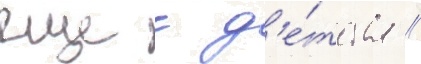
еще с д'е́тства //